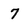
Character: 7